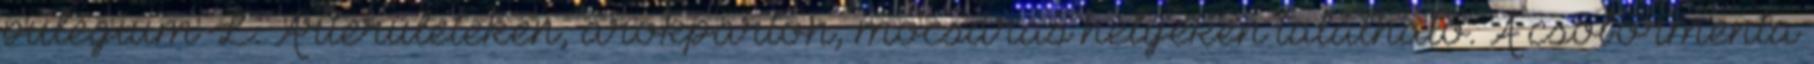
pulegium L. Árterületeken, árokparton, mocsaras helyeken található. A csobormenta